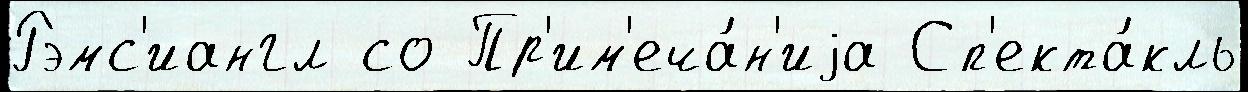
Рэмс'иангл со Пр'им'еча́н'иjа Сп'екта́кль